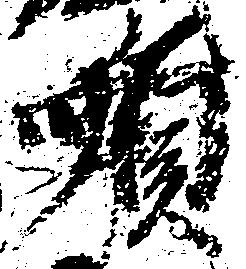
順